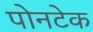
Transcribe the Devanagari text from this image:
पोनटेक